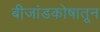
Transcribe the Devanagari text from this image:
बीजांडकोषातून